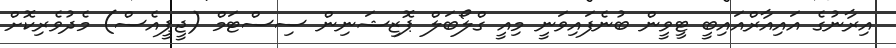
އިރާނުގެ އައިއާރްއައިބީ ޓީވީން ބުނެފައިވަނީ މިއީ ގްލޯބަލް ޕޮޒިޝަނިން ސިސްޓަމް (ޖީޕީއެސް) މެދުވެރިކޮށް